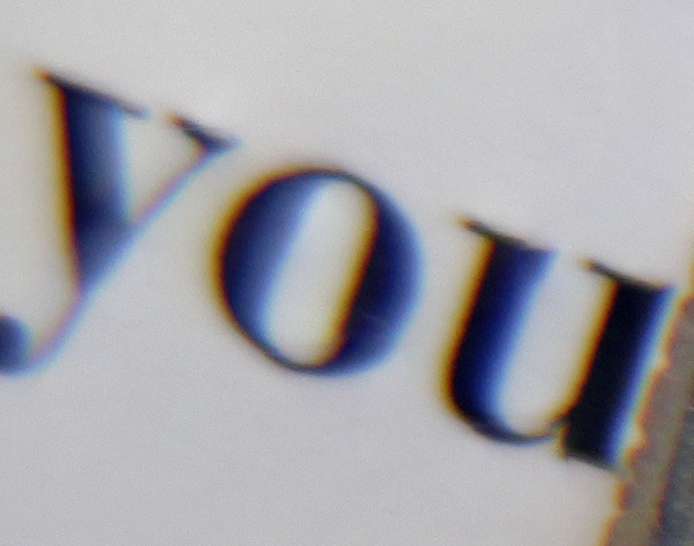
you